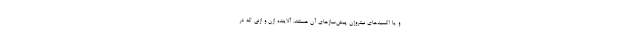
و یا اکسیدهای نیتروژن پیش‌سازهای آن هستند. آلاینده ازن و ازنی که در